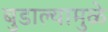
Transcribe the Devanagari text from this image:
बुडाल्यामुळे